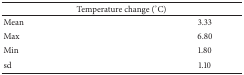
<table><thead><tr><td colspan="2"><b>Temperature change (°C)</b></td></tr></thead><tbody><tr><td>Mean </td><td>3.33</td></tr><tr><td>Max </td><td>6.80</td></tr><tr><td>Min </td><td>1.80</td></tr><tr><td>sd </td><td>1.10</td></tr></tbody></table>